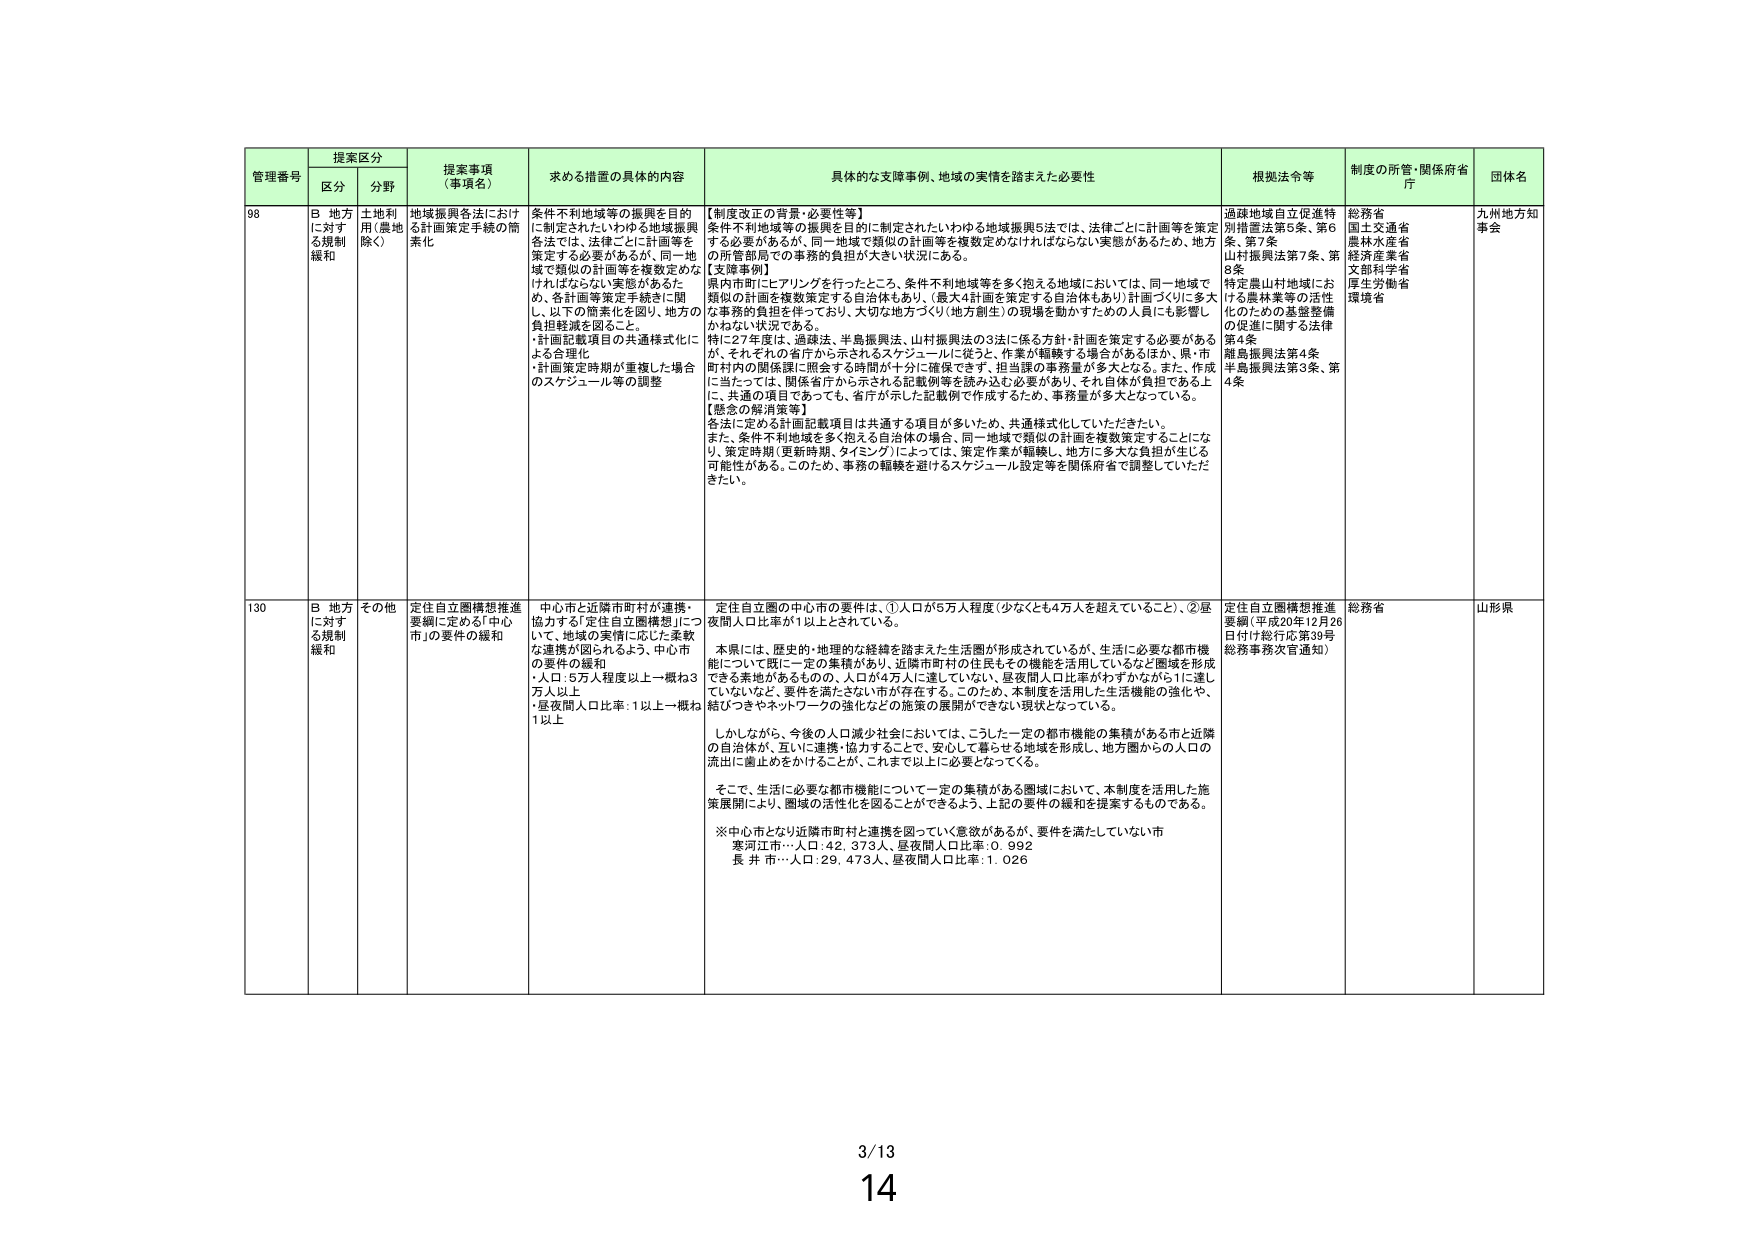
管理番号 提案区分 提案事項（事項名） 求める措置の具体的内容 具体的な支障事例、地域の実情を踏まえた必要性 根拠法令等 制度の所管・関係府省庁 団体名
区分 分野
98 B 地方に対する規制緩和 土地利用（農地除く） 地域振興各法における計画策定手続の簡素化 条件不利地域等の振興を目的に制定されたいわゆる地域振興各法では、法律ごとに計画等を策定する必要があるが、同一地域で類似の計画等を複数定めなければならない実態があるため、各計画等策定手続を一関し、以下の簡素化を図り、地方の負担軽減を図ること。
・計画記載項目の共通様式化による合理化
・計画策定時期が重複した場合のスケジュール等の調整
【制度改正の背景・必要性等】
条件不利地域等の振興を目的に制定されたいわゆる地域振興5法では、法律ごとに計画等を策定する必要があるが、同一地域で類似の計画等を複数定めなければならない実態があるため、地方の所管部局での事務的負担が大きい状況にある。
【支障事例】
県内市町にヒアリングを行ったところ、条件不利地域等を多く抱える地域においては、同一地域で類似の計画を複数策定する自治体もあり、（最大4計画を策定する自治体もあり）計画づくりに多大な事務的負担を伴っており、大切な地方づくり（地方創生）の現場を動かすための人員にも影響しかねない状況である。
特に27年度は、過疎法、半島振興法、山村振興法の3法に係る方針・計画を策定する必要があるが、それぞれの省庁から示されるスケジュールに従うと、作業が齟齬する場合があるほか、県・市町村内の関係課に照会する時間が十分に確保できず、担当課の事務量が多大となる。また、作成に当たっては、関係省庁から示される記載例等を読み込む必要があり、それ自体が負担である上に、共通の項目であっても、省庁が示した記載例で作成するため、事務量が多大となっている。
【懸念の解消策等】
各法に定める計画記載項目は共通する項目が多いため、共通様式化していただきたい。
また、条件不利地域を多く抱える自治体の場合、同一地域で類似の計画を複数策定することになり、策定時期（更新時期、タイミング）によっては、策定作業が齟齬し、地方に多大な負担が生じる可能性がある。このため、事務の齟齬を避けるスケジュール設定等を関係府省で調整していただきたい。
過疎地域自立促進特別措置法第5条、第6条、第7条
山村振興法第7条、第9条
特定農山村地域における農林業等の活性化のための基盤整備の促進に関する法律第4条
離島振興法第4条
半島振興法第3条、第4条
総務省
国土交通省
農林水産省
経済産業省
文部科学省
厚生労働省
環境省
九州地方知事会
130 B 地方に対する規制緩和 その他 定住自立圏構想推進要綱に定める「中心市」の要件の緩和 中心市と近隣市町村が連携・協力する「定住自立圏構想」について、地域の実情に応じた柔軟な連携が図られるよう、中心市の要件の緩和
・人口：5万人程度以上－概ね3万人以上
・昼夜間人口比率：1以上－概ね1以上
定住自立圏の中心市の要件は、①人口が5万人程度（少なくとも4万人を超えていること）、②昼夜間人口比率が1以上とされている。
本県には、歴史的・地理的な経緯を踏まえた生活圏が形成されているが、生活に必要な都市機能については既に一定の集積があり、近隣市町村の住民もその機能を活用しているなど圏域を形成できる素地があるものの、人口が4万人に達していない、昼夜間人口比率がわずかながら1に達していないなど、要件を満たさない市が存在する。このため、本制度を活用した生活機能の強化や、結びつきやネットワークの強化などの施策の展開ができない現状となっている。
しかしながら、今後の人口減少社会においては、こうした一定の都市機能の集積がある市と近隣の自治体が、互いに連携・協力することで、安心して暮らせる地域を形成し、地方圏からの人口の流出に歯止めをかけることが、これまで以上に必要となっている。
そこで、生活に必要な都市機能について一定の集積がある圏域において、本制度を活用した施策展開により、圏域の活性化を図ることができるよう、上記の要件の緩和を提案するものである。
※中心市となり近隣市町村と連携を図っていく意欲があるが、要件を満たしていない市
寒河江市…人口：42,373人、昼夜間人口比率：0.992
長井市…人口：29,473人、昼夜間人口比率：1.026
定住自立圏構想推進要綱（平成20年12月26日付け総行庁第39号総務事務次官通知）
総務省
山形県
3/13
14